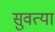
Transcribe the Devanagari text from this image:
सुवत्या